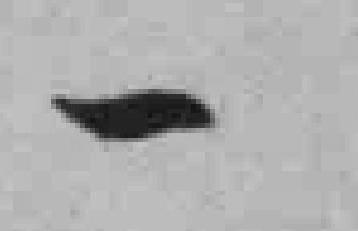
一